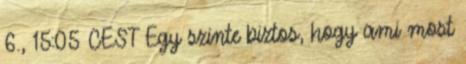
6., 15:05 CEST Egy szinte biztos, hogy ami most